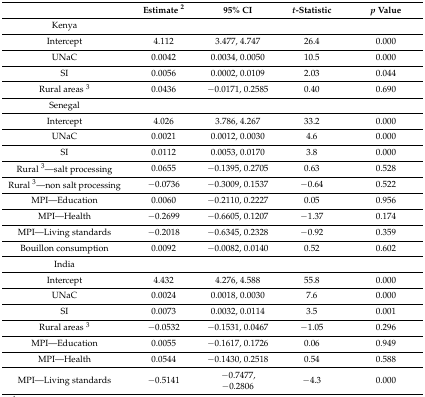
<table><thead><tr><td></td><td><b>Estimate <sup>2</sup></b></td><td><b>95% CI</b></td><td><b><i>t</i>-Statistic</b></td><td><b><i>p</i> Value</b></td></tr></thead><tbody><tr><td>Kenya</td><td></td><td></td><td></td><td></td></tr><tr><td>Intercept</td><td>4.112</td><td>3.477, 4.747</td><td>26.4</td><td>0.000</td></tr><tr><td>UNaC</td><td>0.0042</td><td>0.0034, 0.0050</td><td>10.5</td><td>0.000</td></tr><tr><td>SI</td><td>0.0056</td><td>0.0002, 0.0109</td><td>2.03</td><td>0.044</td></tr><tr><td>Rural areas <sup>3</sup></td><td>0.0436</td><td>−0.0171, 0.2585</td><td>0.40</td><td>0.690</td></tr><tr><td>Senegal</td><td></td><td></td><td></td><td></td></tr><tr><td>Intercept</td><td>4.026</td><td>3.786, 4.267</td><td>33.2</td><td>0.000</td></tr><tr><td>UNaC</td><td>0.0021</td><td>0.0012, 0.0030</td><td>4.6</td><td>0.000</td></tr><tr><td>SI</td><td>0.0112</td><td>0.0053, 0.0170</td><td>3.8</td><td>0.000</td></tr><tr><td>Rural <sup>3</sup>—salt processing</td><td>0.0655</td><td>−0.1395, 0.2705</td><td>0.63</td><td>0.528</td></tr><tr><td>Rural <sup>3</sup>—non salt processing</td><td>−0.0736</td><td>−0.3009, 0.1537</td><td>−0.64</td><td>0.522</td></tr><tr><td>MPI—Education</td><td>0.0060</td><td>−0.2110, 0.2227</td><td>0.05</td><td>0.956</td></tr><tr><td>MPI—Health</td><td>−0.2699</td><td>−0.6605, 0.1207</td><td>−1.37</td><td>0.174</td></tr><tr><td>MPI—Living standards</td><td>−0.2018</td><td>−0.6345, 0.2328</td><td>−0.92</td><td>0.359</td></tr><tr><td>Bouillon consumption</td><td>0.0092</td><td>−0.0082, 0.0140</td><td>0.52</td><td>0.602</td></tr><tr><td>India</td><td></td><td></td><td></td><td></td></tr><tr><td>Intercept</td><td>4.432</td><td>4.276, 4.588</td><td>55.8</td><td>0.000</td></tr><tr><td>UNaC</td><td>0.0024</td><td>0.0018, 0.0030</td><td>7.6</td><td>0.000</td></tr><tr><td>SI</td><td>0.0073</td><td>0.0032, 0.0114</td><td>3.5</td><td>0.001</td></tr><tr><td>Rural areas <sup>3</sup></td><td>−0.0532</td><td>−0.1531, 0.0467</td><td>−1.05</td><td>0.296</td></tr><tr><td>MPI—Education</td><td>0.0055</td><td>−0.1617, 0.1726</td><td>0.06</td><td>0.949</td></tr><tr><td>MPI—Health</td><td>0.0544</td><td>−0.1430, 0.2518</td><td>0.54</td><td>0.588</td></tr><tr><td>MPI—Living standards</td><td>−0.5141</td><td>−0.7477, −0.2806</td><td>−4.3</td><td>0.000</td></tr></tbody></table>